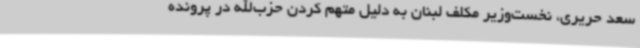
سعد حریری، نخست‌وزیر مکلف لبنان به دلیل متهم کردن حزب‌الله در پرونده